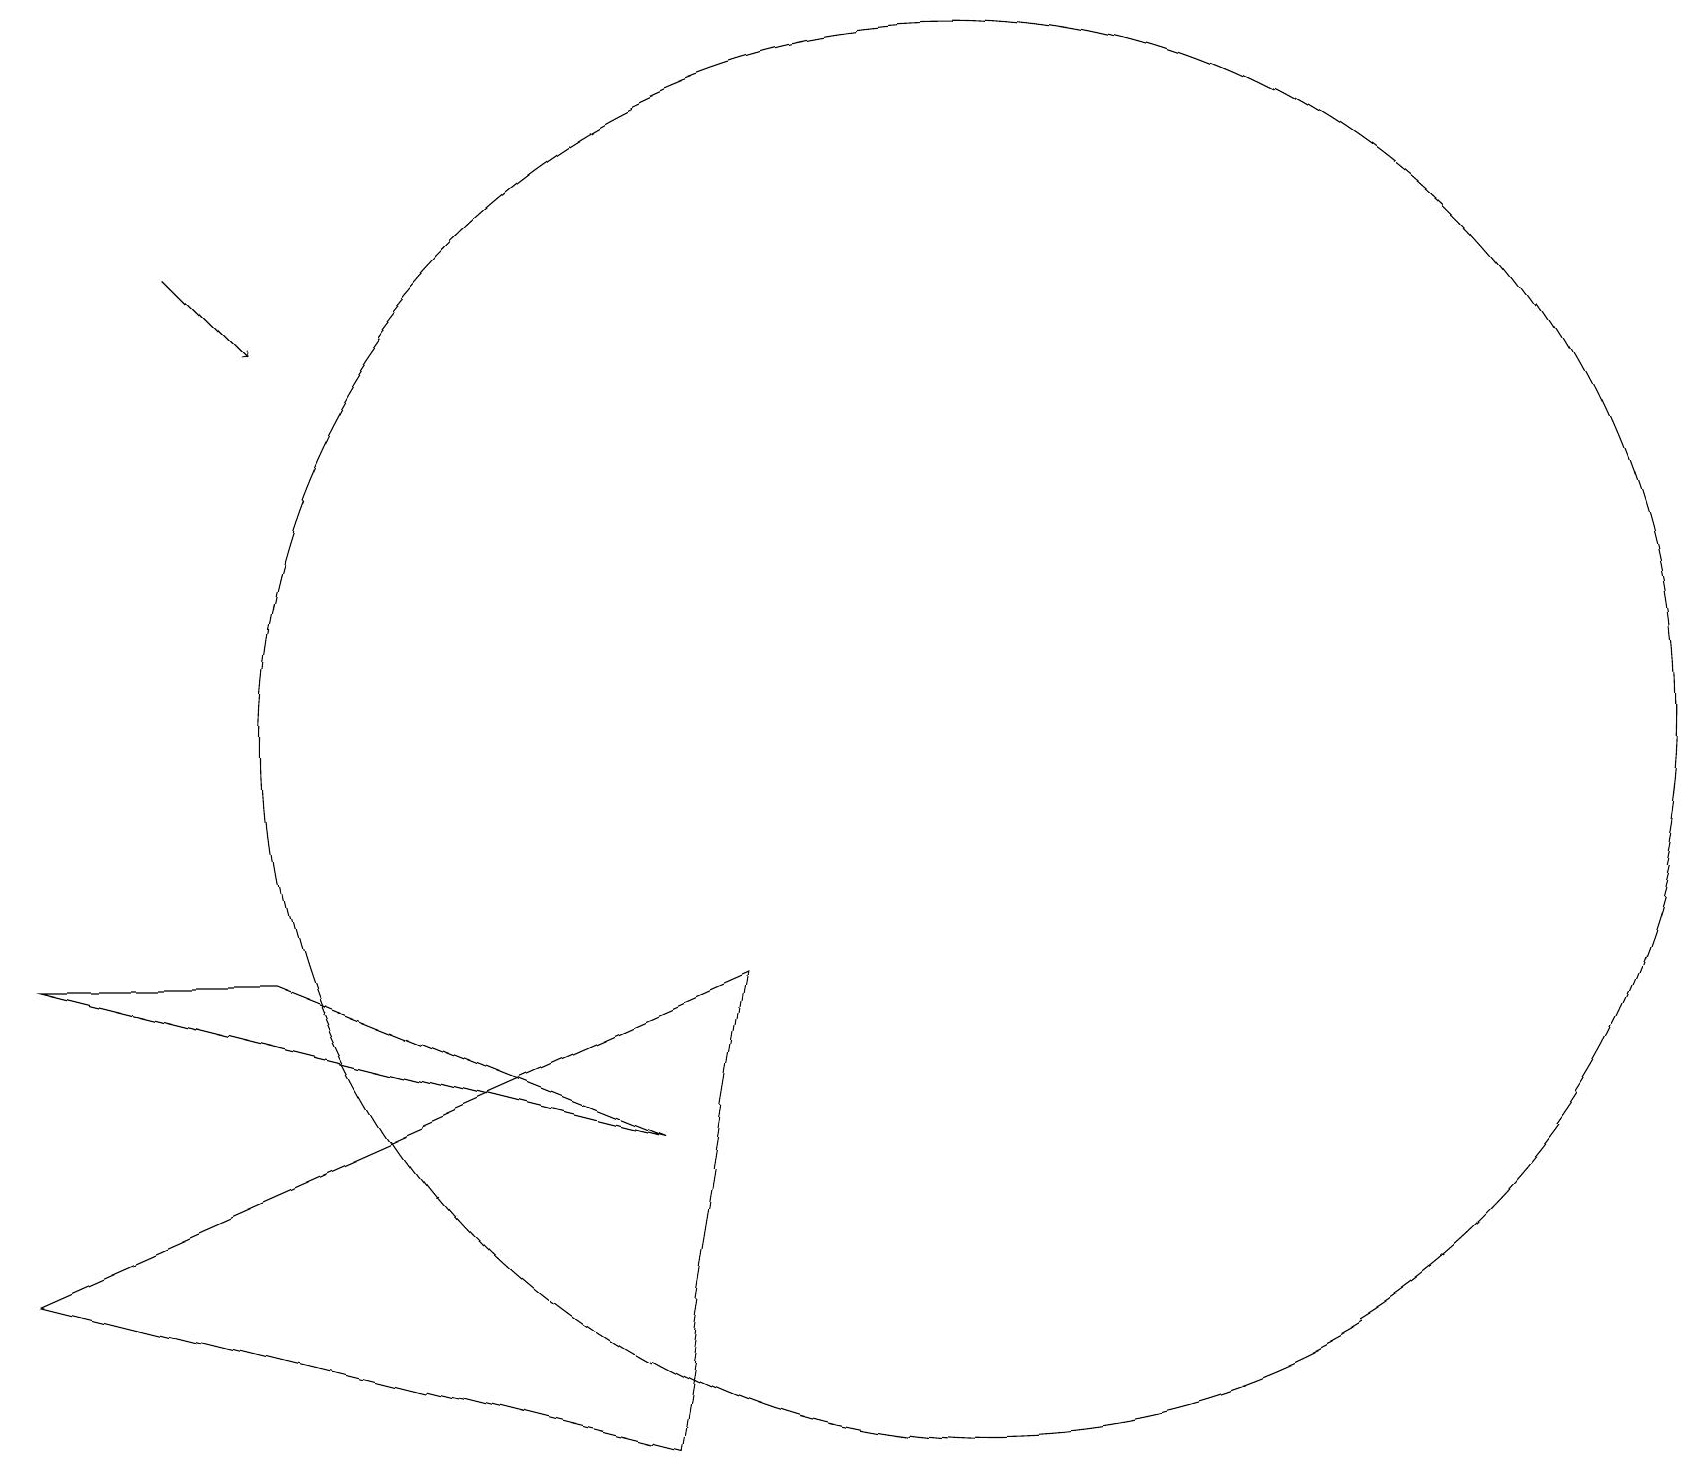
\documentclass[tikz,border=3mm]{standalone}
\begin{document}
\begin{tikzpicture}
\draw (12,10) circle (9);
\draw[->] (2,16) -- (3,15);
\draw (3,7) -- (8,5) -- (0,7) -- cycle;
\draw (9,7) -- (0,3) -- (8,1) -- cycle;
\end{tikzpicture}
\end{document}